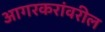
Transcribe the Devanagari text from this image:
आगरकरांवरील